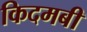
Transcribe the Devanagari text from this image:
किदमबी